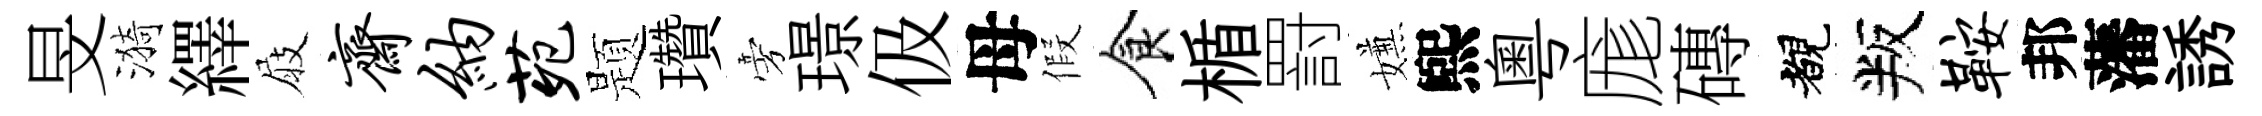
旻漪繹屐斋纳苑题瓚旁璟伋母假食楯罸嫌煕粤庬磚覩叛鞍邦藩誘